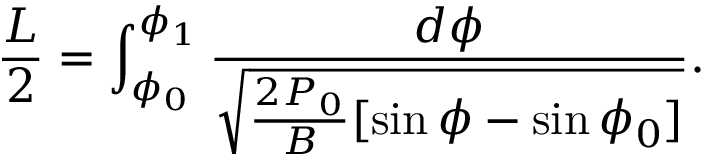
\frac { L } { 2 } = \int _ { \phi _ { 0 } } ^ { \phi _ { 1 } } \frac { d \phi } { \sqrt { \frac { 2 P _ { 0 } } { B } [ \sin \phi - \sin \phi _ { 0 } ] } } .